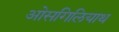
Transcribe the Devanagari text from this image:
ओसगिलियाथ